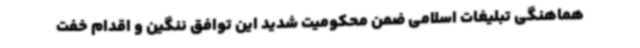
هماهنگی تبلیغات اسلامی ضمن محکومیت شدید این توافق ننگین و اقدام خفت